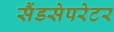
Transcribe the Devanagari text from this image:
सैंडसेपरेटर